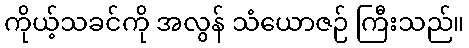
ကိုယ့်သခင်ကို အလွန် သံယောဇဉ် ကြီးသည်။